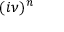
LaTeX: ( i \nu ) ^ { n }